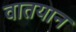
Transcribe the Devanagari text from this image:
वातयान